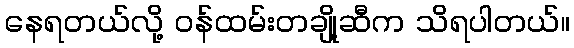
နေရတယ်လို့ ဝန်ထမ်းတချို့ဆီက သိရပါတယ်။